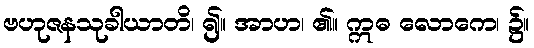
ဗဟုဇနသုခါယာတိ၊ ၍။ အာဟ၊ ၏။ ဣဓ လောကေ၊ ၌။